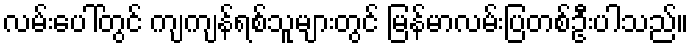
လမ်းပေါ်တွင် ကျကျန်ရစ်သူများတွင် မြန်မာလမ်းပြတစ်ဦးပါသည်။